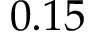
0 . 1 5